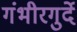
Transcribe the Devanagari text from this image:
गंभीरगुर्दे